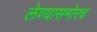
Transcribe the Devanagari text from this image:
लेण्यासमोरच